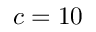
c = 1 0